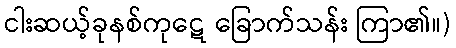
ငါးဆယ့်ခုနစ်ကုဋေ ခြောက်သန်း ကြာ၏။)